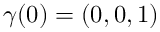
{ \boldsymbol \gamma } ( 0 ) = ( 0 , 0 , 1 )